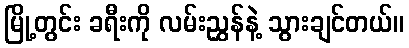
မြို့တွင်း ခရီးကို လမ်းညွှန်နဲ့ သွားချင်တယ်။